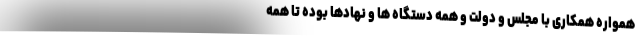
همواره همکاری با مجلس و دولت و همه دستگاه ها و نهادها بوده تا همه